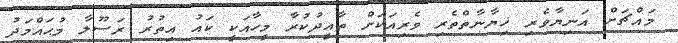
މައްޗަށް އަނިޔާވެރި ޚިޔާނާތްތެރި ވެރިއަކަށް ތާއީދުކުރާ މީހާއަކީ ކައު އިތުރު ރަސޫލާ މުޙައްމަދު